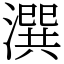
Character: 潠